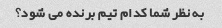
به نظر شما کدام تیم برنده می شود؟